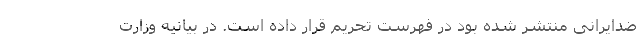
ضدایرانی منتشر شده بود در فهرست تحریم قرار داده است. در بیانیه وزارت